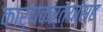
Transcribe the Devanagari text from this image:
कार्यकर्त्यांसह